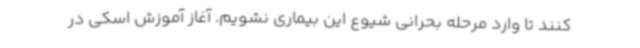
کنند تا وارد مرحله بحرانی شیوع این بیماری نشویم. آغاز آموزش اسکی در